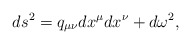
\begin{align*}ds^2=q_{\mu\nu}dx^{\mu}dx^{\nu}+d\omega^2 ,\end{align*}